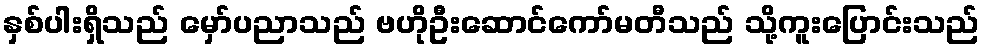
နှစ်ပါးရှိသည် မှော်ပညာသည် ဗဟိုဦးဆောင်ကော်မတီသည် သို့ကူးပြောင်းသည်